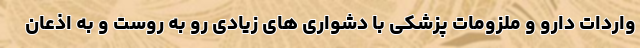
واردات دارو و ملزومات پزشکی با دشواری های زیادی رو به روست و به اذعان